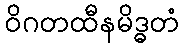
ဝိဂတထီနမိဒ္ဓတံ